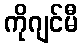
ကိုဂျင်မီ